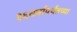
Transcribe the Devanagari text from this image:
१६वर्षापर्यंतच्या